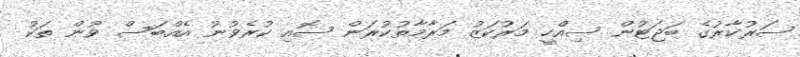
ސަރުކާރުގެ ބަޖަޓުން ސިއްހީ މަރުކަޒު މަރާމާތުކުރަން ސޮއި ކުރެވުނު އެއްބަސް ވުން ތަކު